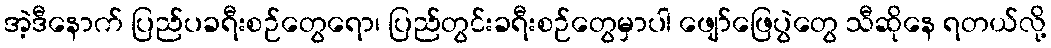
အဲ့ဒီနောက် ပြည်ပခရီးစဉ်တွေရော၊ ပြည်တွင်းခရီးစဉ်တွေမှာပါ ဖျော်ဖြေပွဲတွေ သီဆိုနေ ရတယ်လို့